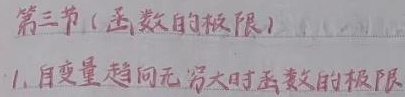
第三节(函数的极限)
1. 自变量趋向无穷大时函数的极限